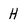
Character: H